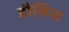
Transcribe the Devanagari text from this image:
डौकिंस